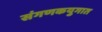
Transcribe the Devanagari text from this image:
संगणकयुगात